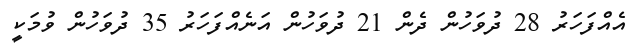
އެއްފަހަރު 28 ދުވަހުން ދެން 21 ދުވަހުން އަނެއްފަހަރު 35 ދުވަހުން ވުމަކީ